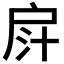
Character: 𢩄